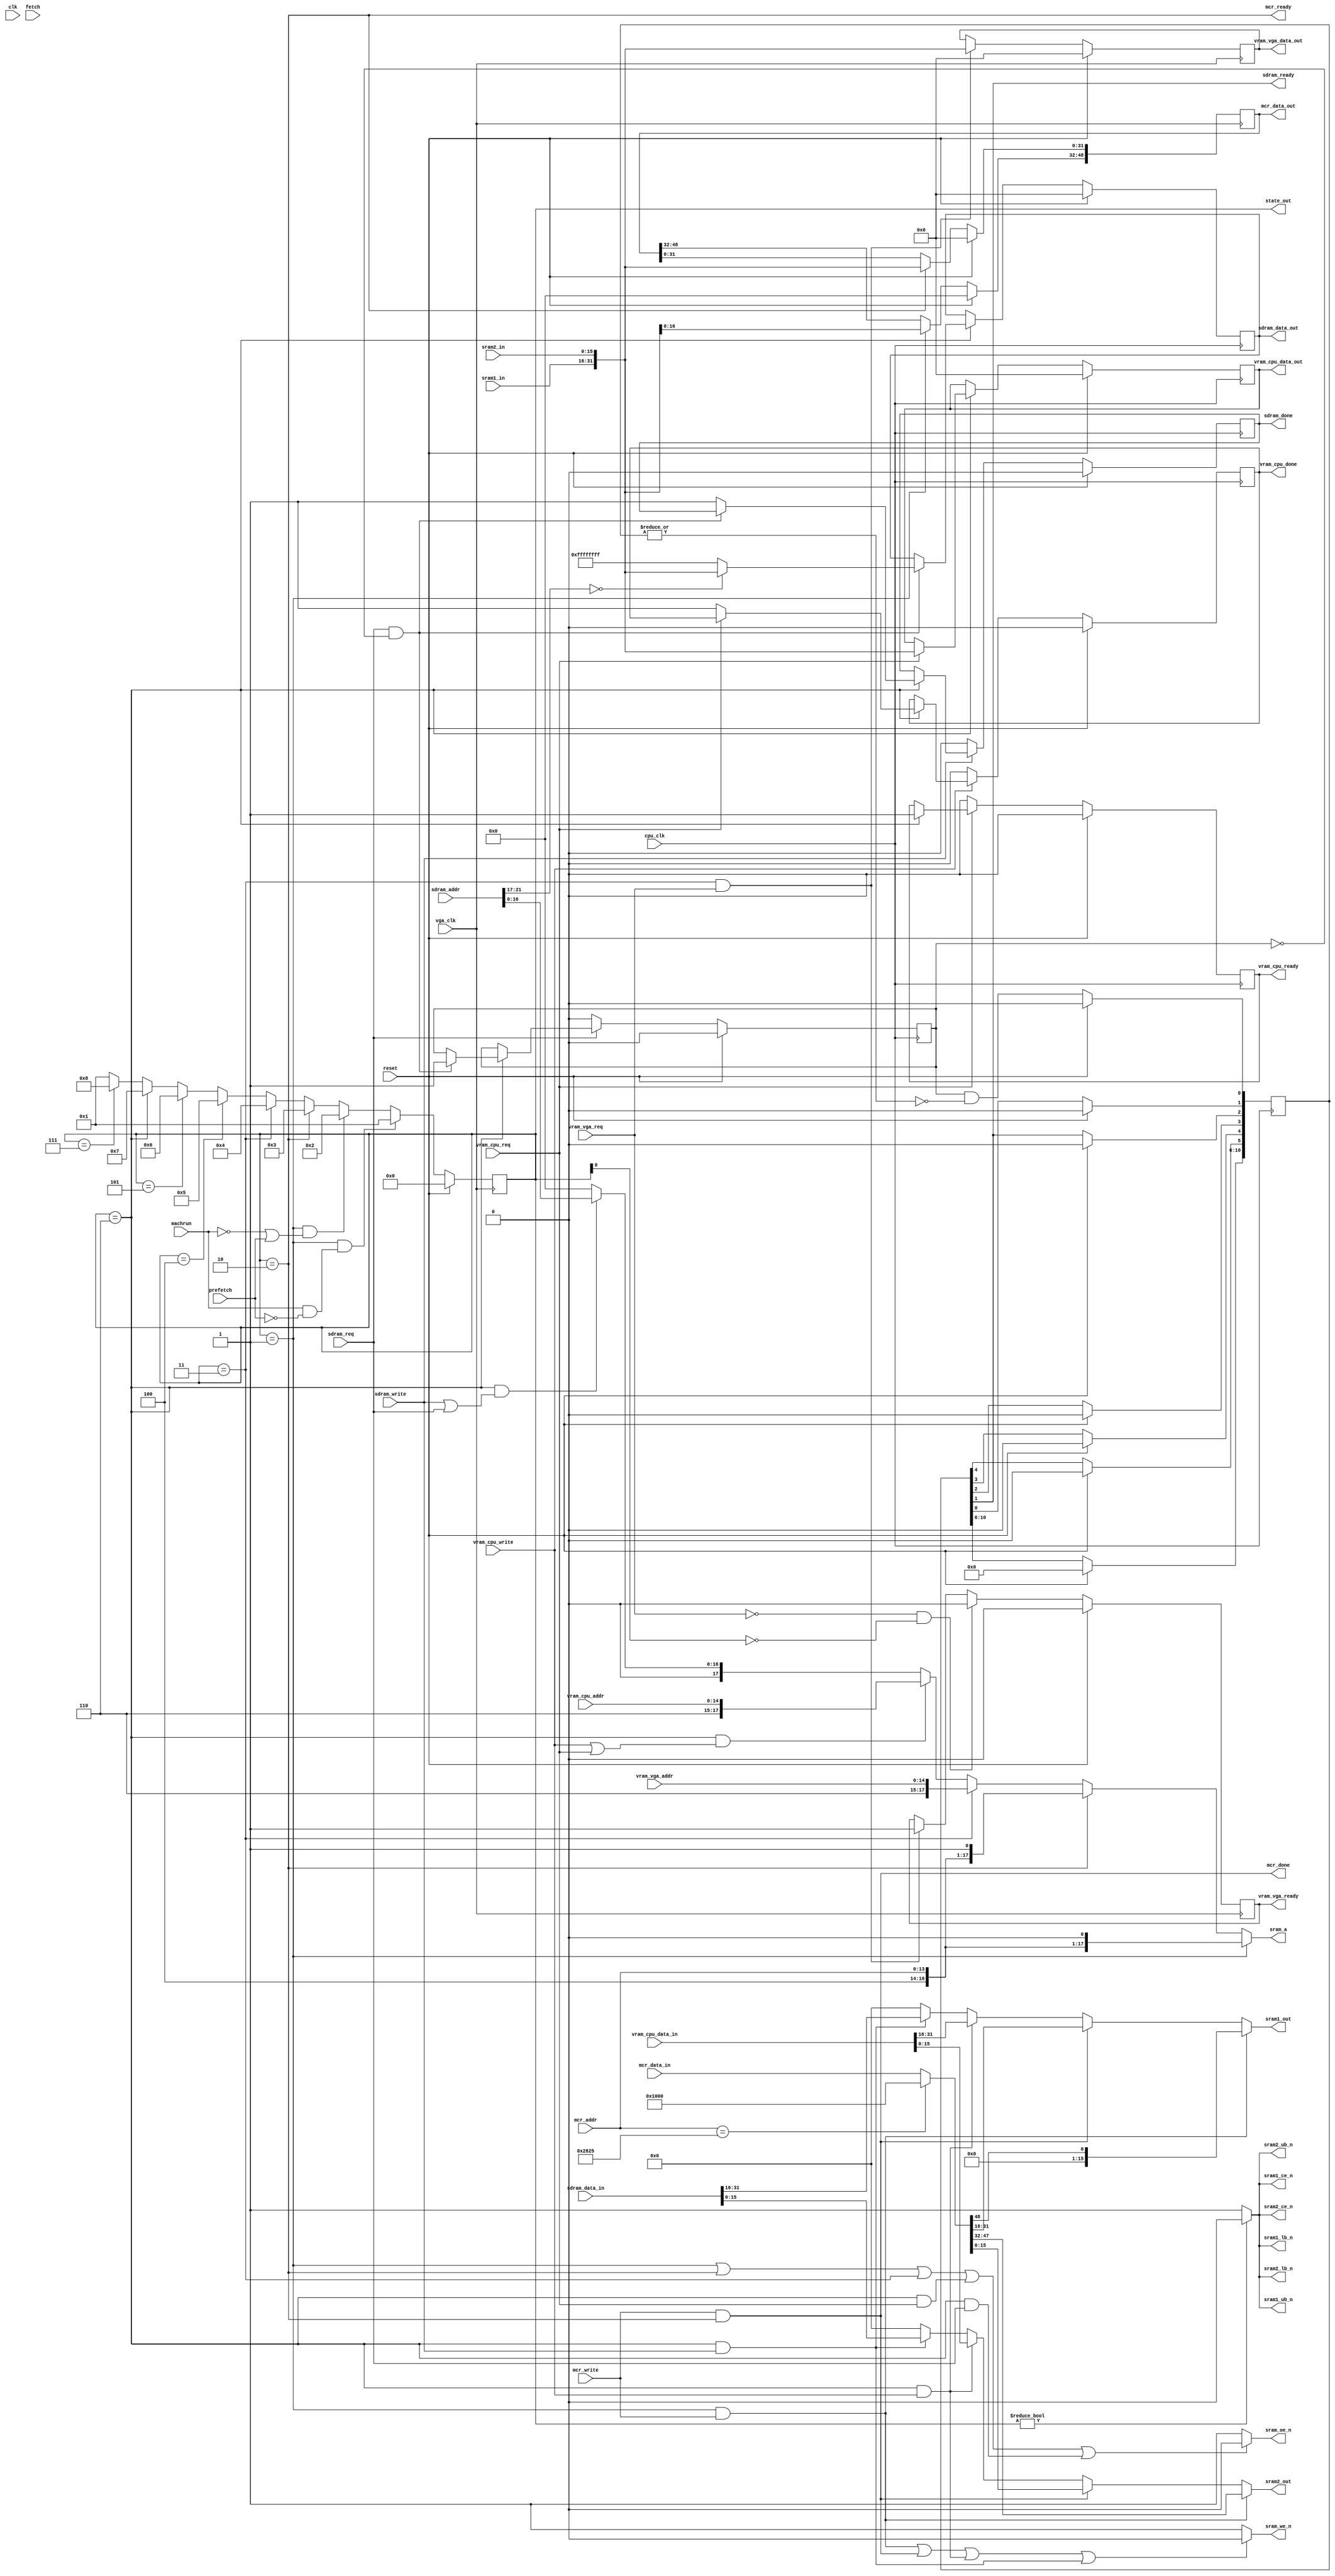
// ram_controller.v

/* 
 * Simple 4 port ram controller with sram backend
 * used on fpga boards (like the S3 board) which only have sram;
 * basically everything is jammed into the one sdram
 * 
 * ports:
 * 	microcode	r/w, 64 bits
 * 	sdram		r/w, 32 bits
 * 	vram vga	r/o, 32 bits
 * 	vram cpu	r/w, 32 bits
 *
 * CPU states:
 *  | decode | execute | write  | fetch  | decode | execute | write  | fetch  |
 *              s7/s8    s1/s2    s3/s4    s5/s6     s7/s8
 *                         ^        ^
 *                         |        + valid mcr data
 *                         |
 *                         + latch mcr data / mcr write
 *
 *
 *
 *
 *  cpu		controller			ram
 * 
 *  decode					s5/s6
 *  execute					s7/s8
 *  write	prefetch/latch-mcr-data		s1/s2
 *  fetch	fetch				s3/s4
 *
 * NOTE: we're using a 2x clock for the state machine
 * and the outputs are only valid on the even states (2, 4, 6, 8)
 * 
 * states
 * s1		->s2				
 * 		    if mcr-wr-req
 * 			wr mcr hi
 *  		    if ~mcr-wr-req
 * 			latch mcr data hi
 * s2		->s3
 * 		    if mcr-wr-req
 * 			wr mcr lo
 * 		    if ~mcr-wr-req
 * 			latch mcr data lo
 * s3		->s4
 * 		    if vram-vga-reg
 * 			vram-rd; latch vram-vga data
 * s4		->s5
 * 		    if vram-cpu-rd-reg
 * 			vram-rd; latch vram-cpu data
 * 		    if vram-cpu-wr-reg
 * 			vram-wr
 * s5		->s6
 * s6		->s7
 * 		    if sdram-rd-reg
 * 			sdram-rd; latch sdram data
 * 		    if sdram-wr-reg
 * 			sdram-wr
 * s7		->s8
 * s8		->s1
*/

module ram_controller(clk, vga_clk, cpu_clk,
		      reset, prefetch, fetch, machrun, state_out,

		      mcr_addr, mcr_data_out, mcr_data_in,
		      mcr_ready, mcr_write, mcr_done,

		      sdram_addr, sdram_data_in, sdram_data_out,
		      sdram_req, sdram_ready, sdram_write, sdram_done,

		      vram_cpu_addr, vram_cpu_data_in, vram_cpu_data_out,
		      vram_cpu_req, vram_cpu_ready,
		      vram_cpu_write, vram_cpu_done,

		      vram_vga_addr, vram_vga_data_out,
		      vram_vga_req, vram_vga_ready,

		      sram_a, sram_oe_n, sram_we_n,
		      sram1_in, sram1_out, sram1_ce_n, sram1_ub_n, sram1_lb_n,
		      sram2_in, sram2_out, sram2_ce_n, sram2_ub_n, sram2_lb_n);

   input clk;
   input vga_clk;
   input cpu_clk;
   input reset;
   input prefetch;
   input fetch;
   input machrun;
   output [3:0] state_out;
   
   input [13:0]  mcr_addr;
   output [48:0] mcr_data_out;
   input [48:0]  mcr_data_in;
   output 	 mcr_ready;
   input 	 mcr_write;
   output 	 mcr_done;

   input [21:0]  sdram_addr;
   output [31:0] sdram_data_out;
   input [31:0]  sdram_data_in;
   input 	 sdram_req;
   output 	 sdram_ready;
   input 	 sdram_write;
   output 	 sdram_done;

   input [14:0]  vram_cpu_addr;
   output [31:0] vram_cpu_data_out;
   input [31:0]  vram_cpu_data_in;
   input 	 vram_cpu_req;
   output 	 vram_cpu_ready;
   input 	 vram_cpu_write;
   output 	 vram_cpu_done;

   input [14:0]  vram_vga_addr;
   output [31:0] vram_vga_data_out;
   input 	 vram_vga_req;
   output 	 vram_vga_ready;

   output [17:0] sram_a;
   output 	 sram_oe_n;
   output 	 sram_we_n;
   input [15:0]  sram1_in;
   output [15:0] sram1_out;
   input [15:0]  sram2_in;
   output [15:0] sram2_out;
   output 	 sram1_ce_n, sram1_ub_n, sram1_lb_n;
   output 	 sram2_ce_n, sram2_ub_n, sram2_lb_n;

   reg [48:0] 	 mcr_data_out;
   reg [31:0] 	 sdram_data_out;
   reg [31:0] 	 vram_cpu_data_out;
   reg [31:0] 	 vram_vga_data_out;
   
   reg 		 vram_vga_ready;
   reg 		 vram_cpu_ready;
   reg 		 vram_cpu_done;
//   reg 		 sdram_ready;
   reg 		 sdram_done;

wire clk2x;
assign clk2x = vga_clk;
   
   // ---------------------------

   parameter S0 = 0,
	       S1 = 1,
	       S2 = 2,
	       S3 = 3,
	       S4 = 4,
	       S5 = 5,
	       S6 = 6,
	       S7 = 7,
	       S8 = 8;
   
   reg [3:0] 	 state;
   wire [3:0] 	 next_state;

   always @(posedge clk2x)
     if (reset)
       state <= 0;
     else
       state <= next_state;

   assign next_state =
//		      (state == S0 && ~prefetch) ? S0 :
//		      (state == S0 && prefetch) ? S2 :
		      (state == S1 && (machrun && ~prefetch)) ? S1 :
		      (state == S1 && (~machrun || prefetch)) ? S2 :
		      (state == S2) ? S3 :
		      (state == S3) ? S4 :
		      (state == S4) ? S5 :
		      (state == S5) ? S6 :
		      (state == S6) ? S7 :
		      (state == S7) ? S8 :
   		      S1;

   assign state_out = state;
   
   assign 	 mcr_ready = state == S2;
   assign 	 mcr_done = mcr_write && state == S2;
   
//   assign 	 vram_vga_ready = vram_vga_req && state == S3;
   
//   assign 	 vram_cpu_ready = vram_cpu_req && state == S4;
//   assign 	 vram_cpu_done = vram_cpu_write && state == S4;
   
//   assign 	 sdram_ready = sdram_req && state == S5;
//   assign 	 sdram_done = sdram_write && state == S5;

   // ---------------------------

//xxx vram cpu r/w occur in s6; same time as sdram r/w

   wire 	 vram_access;
   wire 	 sdram_access;
   
   assign 	 vram_access = vram_cpu_write || vram_cpu_req;
   assign 	 sdram_access = sdram_write || sdram_req;

   // ram partitions
   //  111
   //  765
   //  00x sdram
   //  01x sdram
   //  10x mcr
   //  11x vram
   
   assign sram_a =
		  (state == S1) ? { 3'b100, mcr_addr, 1'b0 } :
		  (state == S2) ? { 3'b100, mcr_addr, 1'b1 } :
		  (state == S3) ? { 3'b110, vram_vga_addr } :
		  (state == S6 && vram_access) ? { 3'b110, vram_cpu_addr } :
		  (state == S6 && sdram_access) ? { 1'b0, sdram_addr[16:0] } :
		  0;

   assign sram_oe_n =
		     ((state == S1) ||
		      (state == S2) ||
		      (state == S3) ||
		      (state == S6 && vram_cpu_req) ||
		      (state == S6 && sdram_req)) ? 1'b0 :
		     1'b1;

   assign sram_we_n =
		     ((state == S1 && mcr_write) ||
		      (state == S2 && mcr_write) ||
		      (state == S6 && vram_cpu_write) ||
		      (state == S6 && sdram_write)) ? 1'b0 :
		     1'b1;

   assign sram1_ce_n = state != S0 ? 1'b0 : 1'b1;
   assign sram2_ce_n = state != S0 ? 1'b0 : 1'b1;
   
   assign sram1_ub_n = state != S0 ? 1'b0 : 1'b1;
   assign sram1_lb_n = state != S0 ? 1'b0 : 1'b1;

   assign sram2_ub_n = state != S0 ? 1'b0 : 1'b1;
   assign sram2_lb_n = state != S0 ? 1'b0 : 1'b1;

   //
   // [48:0]
   //	{15'b0, [48:32]} [31:0]
   //	{15'b0[48]}, [47:32] [31:16] [15:0]
   //

//`ifdef debug
   wire [48:0] mcr_data_in_x;

   // patch out disk-copy (which takes hours to sim)
   assign mcr_data_in_x = mcr_addr == 14'o24045 ? 49'h000000001000 :mcr_data_in;
// assign mcr_data_in_x = mcr_data_in;
//`endif
   
   assign sram1_out =
		    (state == S1 && mcr_write) ? {15'b0, mcr_data_in_x[48]} :
		    (state == S2 && mcr_write) ? mcr_data_in_x[31:16] :
		    (state == S6 && vram_cpu_write) ? vram_cpu_data_in[31:16] :
		    (state == S6 && sdram_write) ? sdram_data_in[31:16] :
		    16'b0;
		    
   assign sram2_out =
		    (state == S1 && mcr_write) ? mcr_data_in_x[47:32] :
		    (state == S2 && mcr_write) ? mcr_data_in_x[15:0] :
		    (state == S6 && vram_cpu_write) ? vram_cpu_data_in[15:0] :
		    (state == S6 && sdram_write) ? sdram_data_in[15:0] :
		    16'b0;

   // ---------------------------

   always @(posedge clk2x)
     if (reset)
       mcr_data_out <= 0;
     else
       begin
	  if (state == S1)
	    mcr_data_out[48:32] <= { sram1_in[0], sram2_in };

	  if (state == S2)
	    mcr_data_out[31:0] <= { sram1_in, sram2_in };
       end

   // mcr
`ifdef debug_mcr
   always @(posedge clk2x)
     begin
	if (mcr_write)
	  $display("rc: mcr_write state %d", state);
				
	if (state == S1 && mcr_write)
	  $display("rc: mcr_write1 %o -> %o", mcr_addr, mcr_data_in);
	if (state == S2 && mcr_write)
	  $display("rc: mcr_write2 %o -> %o", mcr_addr, mcr_data_in);

	if (state == S1)
	  $display("rc: mcr_read1 %o -> %o", mcr_addr, { sram1_in, sram2_in });
	if (state == S2)
	  $display("rc: mcr_read2 %o -> %o; %t",
		   mcr_addr, { mcr_data_out[48:32], { sram1_in, sram2_in } },
		   $time);
     end
`endif
   
   // vram_vga
   always @(posedge clk2x)
     if (reset)
       begin
	  vram_vga_data_out <= 0;
	  vram_vga_ready <= 0;
       end
     else
       begin
	  if (state == S3 && vram_vga_req)
	    begin
	       vram_vga_data_out <= { sram1_in, sram2_in };
	       vram_vga_ready <= 1;
	    end

	  if (~vram_vga_req && ~state[0])
	    vram_vga_ready <= 0;
       end

   // vram_cpu
   always @(posedge cpu_clk)
     if (reset)
       begin
	  vram_cpu_data_out <= 0;
	  vram_cpu_ready <= 0;
	  vram_cpu_done <= 0;
       end
     else
       begin
	  if (state == S6)
	    begin
	       if (vram_cpu_req)
		 begin
		    vram_cpu_data_out <= { sram1_in, sram2_in };
		    vram_cpu_ready <= 1;
		 end
	       else
		 if (vram_cpu_write)
		   vram_cpu_done <= 1;
	    end
	  
	  if (~vram_cpu_req)
	    vram_cpu_ready <= 0;
	  if (~vram_cpu_write)
	    vram_cpu_done <= 0;
       end

`ifdef debug
   always @(posedge cpu_clk)
     if (state == S6 && vram_cpu_write)
       $display("vram: W addr %o <- %o; %t",
		vram_cpu_addr, vram_cpu_data_in, $time);

   always @(posedge cpu_clk)
     if (vram_cpu_write)
       $display("vram: W addr %o <- %o; state %d %t",
		vram_cpu_addr, vram_cpu_data_in, state, $time);
`endif
   
`ifdef old_way
   // sdram
   always @(posedge cpu_clk)
     if (reset)
       begin
	  sdram_data_out <= 0;
	  sdram_rdy <= 0;
	  sdram_done <= 0;
       end
     else
       begin
	  if (state == S6)
	    begin
	       if (sdram_req)
		 begin
`ifdef debug
		    $display("rc: sdram_req %o -> %o",
			     sdram_addr, { sram1_in, sram2_in });
`endif
		    sdram_data_out <= { sram1_in, sram2_in };
		    sdram_rdy <= 1;
		 end
	       else
		 if (sdram_write)
		   begin
`ifdef debug
		      $display("rc: sdram_write %o", sdram_addr);
`endif
		      sdram_done <= 1;
		   end
	    end
	  
	  if (~sdram_req)
	    sdram_rdy <= 0;
	  if (~sdram_write)
	    sdram_done <= 0;
       end

`else

   reg sdram_rdy;
   
   // sdram
   always @(posedge cpu_clk)
     if (reset)
       begin
	  sdram_data_out <= 0;
	  sdram_rdy <= 0;
	  sdram_done <= 0;
       end
     else
       begin
	  if (state == S6)
	    begin
	       if (sdram_req && ~sdram_rdy)
		 begin
`ifdef debug
		    $display("rc: sdram_req %o -> %o",
			     sdram_addr, { sram1_in, sram2_in });
`endif
//		    sdram_data_out <= { sram1_in, sram2_in };
sdram_data_out <= sdram_addr[21:17] == 0 ? {sram1_in, sram2_in} : 32'hffffffff;
		    sdram_rdy <= 1;
		 end
	       else
		 if (sdram_write)
		   begin
`ifdef debug
		      $display("rc: sdram_write %o", sdram_addr);
`endif
		      sdram_done <= 1;
		   end
	    end
	  
	  if (~sdram_req)
	    sdram_rdy <= 0;
	  if (~sdram_write)
	    sdram_done <= 0;
       end

   //
   reg [10:0] sdram_rdy_delay;

   assign     sdram_ready = sdram_rdy_delay[1];
   
   always @(posedge cpu_clk)
     if (reset)
       sdram_rdy_delay <= 0;
     else
       begin
	  sdram_rdy_delay[0] <= sdram_rdy & ~|sdram_rdy_delay;
	  sdram_rdy_delay[1] <= sdram_rdy_delay[0];
	  sdram_rdy_delay[2] <= sdram_rdy_delay[1];
	  sdram_rdy_delay[3] <= sdram_rdy_delay[2];
	  sdram_rdy_delay[4] <= sdram_rdy_delay[3];
	  sdram_rdy_delay[5] <= sdram_rdy_delay[4];
//  	  sdram_rdy_delay[6] <= sdram_rdy_delay[5];
//	  sdram_rdy_delay[7] <= sdram_rdy_delay[6];
//	  sdram_rdy_delay[8] <= sdram_rdy_delay[7];
//	  sdram_rdy_delay[9] <= sdram_rdy_delay[8];
//	  sdram_rdy_delay[10] <= sdram_rdy_delay[9];
       end
`endif
       
endmodule